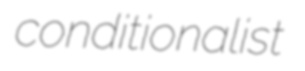
conditionalist